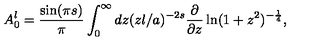
A _ { 0 } ^ { l } = { \frac { \sin ( \pi s ) } { \pi } } \int _ { 0 } ^ { \infty } d z ( z l / a ) ^ { - 2 s } { \frac { \partial } { \partial z } } \ln ( 1 + z ^ { 2 } ) ^ { - { \frac { 1 } { 4 } } } ,